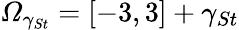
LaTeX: \mathcal{\Omega}_{\gamma_{St}}=[-3,3]+\gamma_{St}